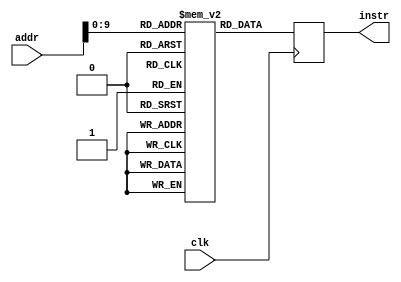
`timescale 1ns / 1ps
//////////////////////////////////////////////////////////////////////////////////
// Company: 
// Engineer: 
// 
// Design Name: 
// Module Name: Instr_Memory
// Project Name: 
// Target Devices: 
// Tool Versions: 
// Description: 
// 
// Dependencies: 
// 
// Revision:
// Revision 0.01 - File Created
// Additional Comments:
// 
//////////////////////////////////////////////////////////////////////////////////


module Instr_Memory
    (
    input              clk,
    input  wire [31:0] addr,
    output reg  [31:0] instr
    );
    integer i;
    reg [31:0]instrmem[1023:0];
    
    ///////     Used for storing the instructions 
/*    initial
        begin
          for(i=0;i<1024;i=i+1)
          instrmem[i] = i;
        end                    */  
        initial
        begin
          instrmem[0] = 32'h00110533 ; ////   add x10 x2 x1
//          instrmem[4] = 32'h403205B3 ; //// SUB  sub x11 x4 x3
          instrmem[4] = 32'h403205B3 ; //// sub x11 x4 x3
//          instrmem[12] = 32'h00110533 ; //// ADD  add x10 x2 x1
          instrmem[8] = 32'h00114633 ; //// xor x12 x2 x1
//          instrmem[20] = 32'h00530633 ; //// AND  add x12 x6 x5
          instrmem[12] = 32'h003266B3 ; //// or x13 x4 x3
//          instrmem[28] = 32'h403205B3 ; //// SUB  sub x11 x4 x3
          instrmem[16] = 32'h00117733 ; //// and x14 x2 x1
//          instrmem[36] = 32'h00110533 ; //// ADD  add x10 x2 x1
          instrmem[20] = 32'h003217B3 ; //// sll x15 x4 x3
//          instrmem[44] = 32'h00530633 ; //// AND  add x12 x6 x5
          instrmem[24] = 32'h00115833 ; //// srl x16 x2 x1
//          instrmem[52] = 32'h403205B3 ; //// SUB  sub x11 x4 x3
          instrmem[28] = 32'h403258B3 ; //// sra x17 x4 x3
//          instrmem[60] = 32'h00110533 ; //// ADD  add x10 x2 x1
          instrmem[32] = 32'h00112933 ; //// slt x18 x2 x1
//          instrmem[68] = 32'h00530633 ; //// AND  add x12 x6 x5
          instrmem[36] = 32'h003239B3 ; //// sltu x19 x4 x3
//          instrmem[68] = 32'h00530633 ; //// AND  add x12 x6 x5 
        end                    
    
    always@(posedge clk)
      begin
       instr[31:0] <= instrmem[addr];
    
      end
endmodule